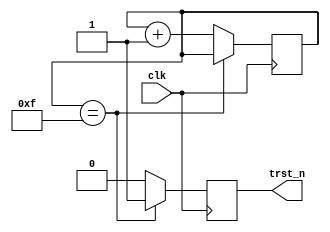
module mfp_ejtag_reset(
             input        clk,
             output reg   trst_n);

  reg [3:0] trst_delay;
  
  always @(posedge clk) begin
    if (trst_delay == 4'hf)
      trst_n <= 1'b1;
    else begin
      trst_n <= 1'b0;
      trst_delay <= trst_delay + 4'b1;
    end
  end
endmodule